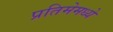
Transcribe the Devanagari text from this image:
प्रतिमेमध्ये